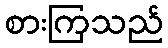
စားကြသည်